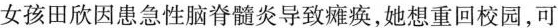
女孩田欣因患急性脑脊髓炎导致瘫痪，她想重回校园，可